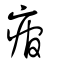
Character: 痯